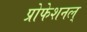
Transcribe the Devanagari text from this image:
प्रोफेशनल्